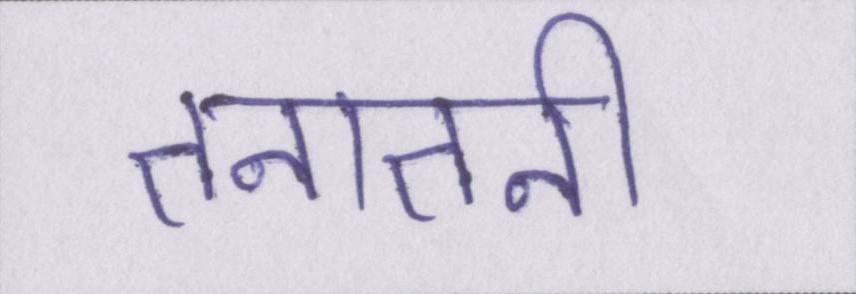
तनातनी